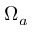
\Omega _ { a }